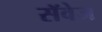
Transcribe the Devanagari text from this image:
सॅवेज